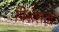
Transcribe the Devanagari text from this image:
विशेसता